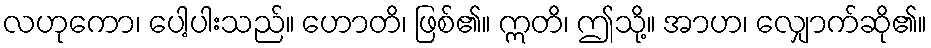
လဟုကော၊ ပေါ့ပါးသည်။ ဟောတိ၊ ဖြစ်၏။ ဣတိ၊ ဤသို့။ အာဟ၊ လျှောက်ဆို၏။